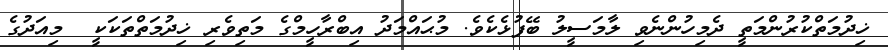
ޚިދުމަތްކުރުންމަތީ ދެމިހުންނެވި ލާމަސީލު ބޭފުޅެކެވެ. މުޙައްމަދު އިބްރާހީމްގެ މަތިވެރި ޚިދުމަތްތަކަކީ  މިއަދުގެ